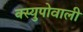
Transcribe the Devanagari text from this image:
क्स्युपोवाली